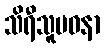
သိရီသူပဝနာ